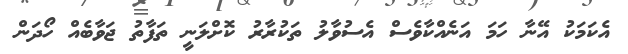
އެކަމަކު އޭނާ ހަމަ އަނެއްކާވެސް އެސުވާލު ތަކުރާރު ކޮށްލަނީ ތަފާތު ޖަވާބެއް ހޯދަން